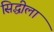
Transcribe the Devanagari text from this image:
सिद्धीला